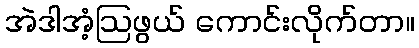
အဲဒါအံ့ဩဖွယ် ကောင်းလိုက်တာ။